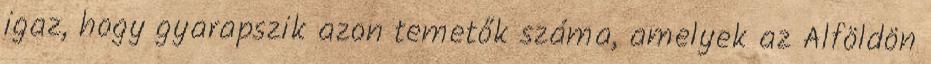
igaz, hogy gyarapszik azon temetők száma, amelyek az Alföldön